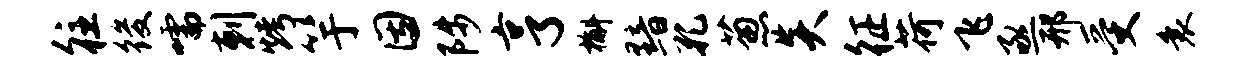
往後嚅剌烤竽因陟亨槲黯孔葱炎征荷飞亟邢受衰